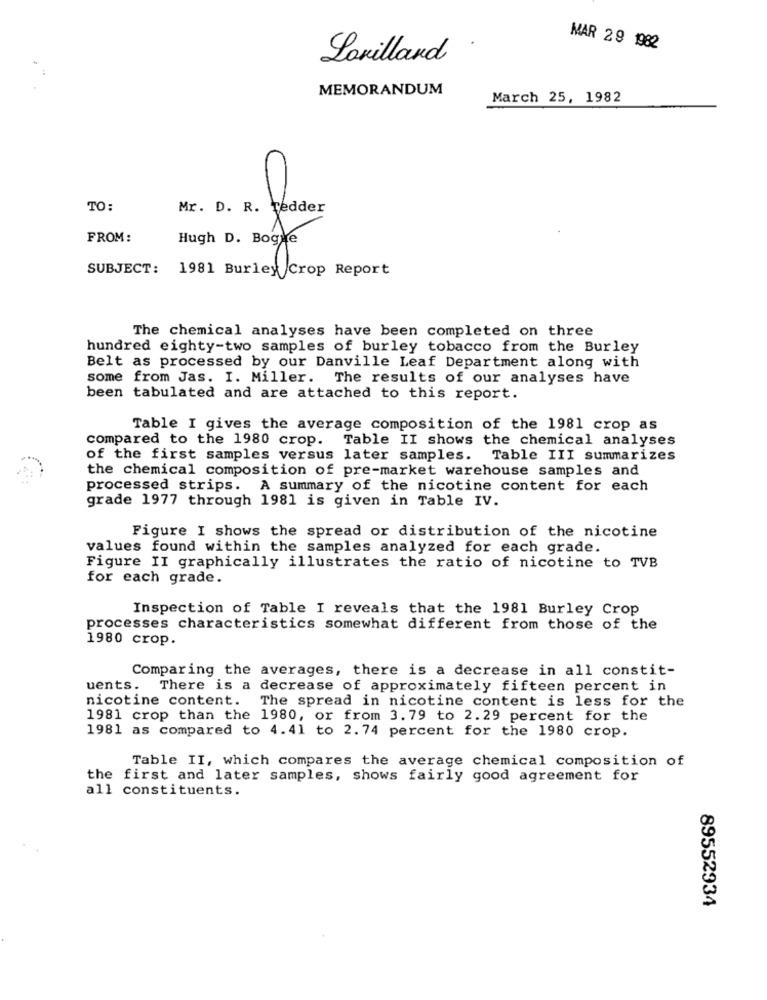
.
MAR 29 1982
Lonilland
MEMORANDUM
March 25, 1982
TO:
Mr. D. R. vedder
FROM:
Hugh D. Bogre
SUBJECT: 1981 Burley Crop Report
The chemical analyses have been completed on three
hundred eighty-two samples of burley tobacco from the Burley
Belt as processed by our Danville Leaf Department along with
some from Jas. I. Miller. The results of our analyses have
been tabulated and are attached to this report.
Table I gives the average composition of the 1981 crop as
compared to the 1980 crop. Table II shows the chemical analyses
of the first samples versus later samples. Table III summarizes
the chemical composition of pre-market warehouse samples and
processed strips. A summary of the nicotine content for each
grade 1977 through 1981 is given in Table IV.
Figure I shows the spread or distribution of the nicotine
values found within the samples analyzed for each grade.
Figure II graphically illustrates the ratio of nicotine to TVB
for each grade.
Inspection of Table I reveals that the 1981 Burley Crop
processes characteristics somewhat different from those of the
1980 crop.
Comparing the averages, there is a decrease in all constit-
uents. There is a decrease of approximately fifteen percent in
nicotine content.
The spread in nicotine content is less for the
1981 crop than the 1980, or from 3. 79 to 2.29 percent for the
1981 as compared to 4.41 to 2.74 percent for the 1980 crop.
Table II, which compares the average chemical composition of
the first and later samples, shows fairly good agreement for
all constituents.
89552934